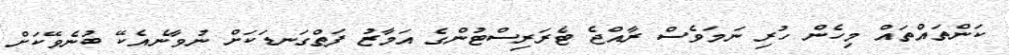
ކަންތައްތައް މިހެން ހުރި ނަމަވެސް ރާއްޖެ ޓެރަރިސްޓުންގެ އަމާޒު ފަތްގަނޑަކަށް ނުވާނެއެކޭ ބުނެވޭކަށް